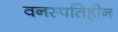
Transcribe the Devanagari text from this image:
वनस्‍पतिहीन